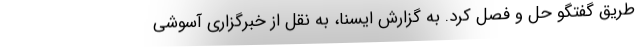
طریق گفتگو حل و فصل کرد. به گزارش ایسنا، به نقل از خبرگزاری آسوشی